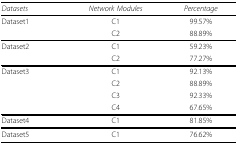
<table><thead><tr><td><b><i>Datasets</i></b></td><td><b><i>Network Modules</i></b></td><td><b><i>Percentage</i></b></td></tr></thead><tbody><tr><td>Dataset1</td><td>C1</td><td>99.57%</td></tr><tr><td></td><td>C2</td><td>88.89%</td></tr><tr><td>Dataset2</td><td>C1</td><td>59.23%</td></tr><tr><td></td><td>C2</td><td>77.27%</td></tr><tr><td>Dataset3</td><td>C1</td><td>92.13%</td></tr><tr><td></td><td>C2</td><td>88.89%</td></tr><tr><td></td><td>C3</td><td>92.33%</td></tr><tr><td></td><td>C4</td><td>67.65%</td></tr><tr><td>Dataset4</td><td>C1</td><td>81.85%</td></tr><tr><td>Dataset5</td><td>C1</td><td>76.62%</td></tr></tbody></table>